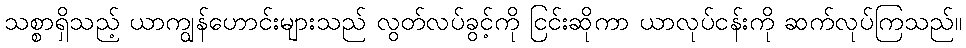
သစ္စာရှိသည့် ယာကျွန်ဟောင်းများသည် လွတ်လပ်ခွင့်ကို ငြင်းဆိုကာ ယာလုပ်ငန်းကို ဆက်လုပ်ကြသည်။